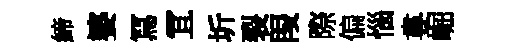
締婆冩冝圻裂叚際偏惱婁崛